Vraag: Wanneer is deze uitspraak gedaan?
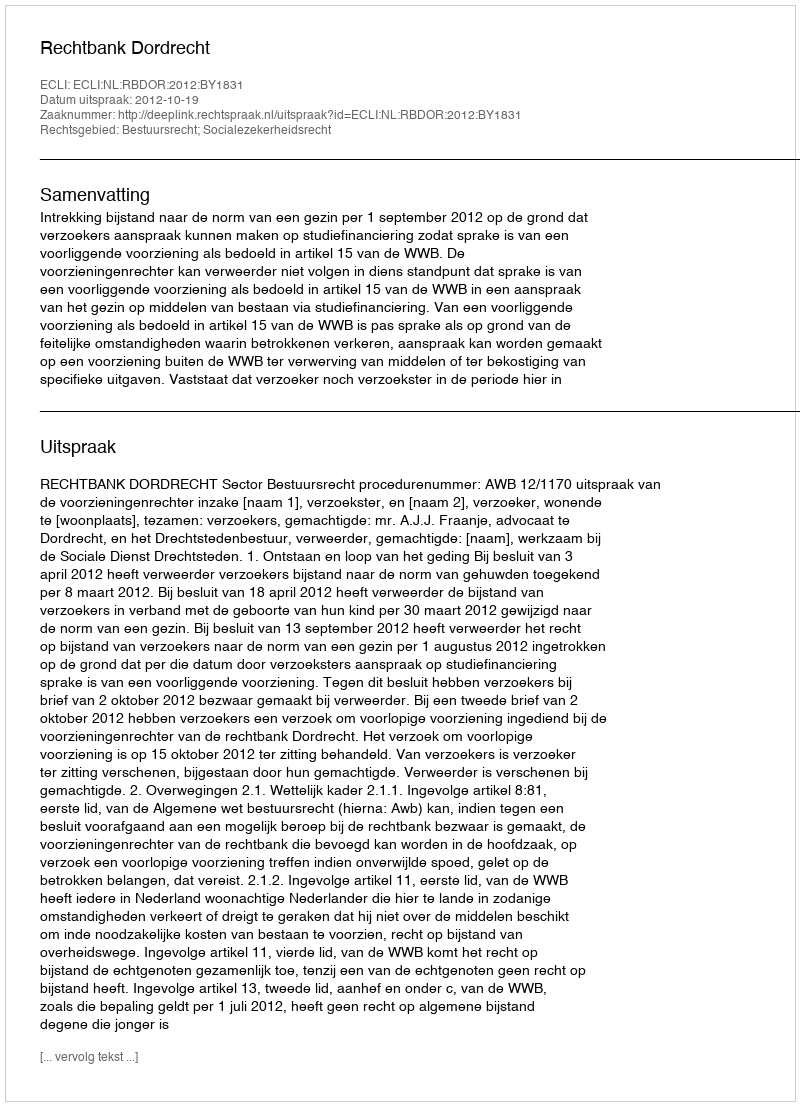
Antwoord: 2012-10-19